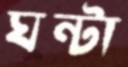
ঘন্টা